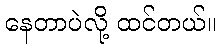
နေတာပဲလို့ ထင်တယ်။